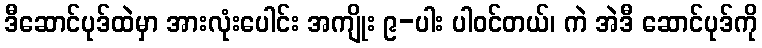
ဒီဆောင်ပုဒ်ထဲမှာ အားလုံးပေါင်း အကျိုး ၉-ပါး ပါဝင်တယ်၊ ကဲ အဲဒီ ဆောင်ပုဒ်ကို